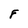
Character: F